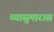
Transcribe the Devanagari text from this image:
च्यासुमारास